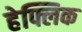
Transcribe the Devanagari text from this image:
हेफ्लिक